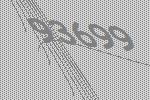
93699